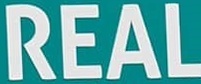
REAL